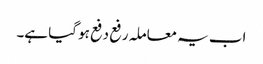
اب یہ معاملہ رفع دفع ہو گیا ہے۔